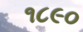
૧૮૯૦